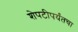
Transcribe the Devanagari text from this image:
शेपटीपर्यंतचा